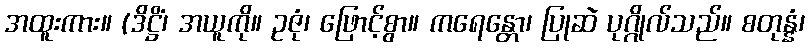
အထူးကား။ (ဒိဋ္ဌိံ၊ အယူကို။ ဥဇုံ၊ ဖြောင့်စွာ။ ကရေန္တော၊ ပြုဆဲ ပုဂ္ဂိုလ်သည်။ စတုန္နံ၊